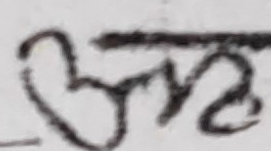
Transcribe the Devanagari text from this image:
अमन